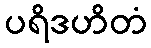
ပရိဒဟိတံ